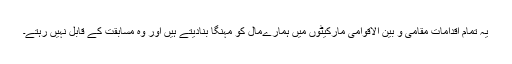
یہ تمام اقدامات مقامی و بین الاقوامی مارکیٹوں میں ہمارےمال کو مہنگا بنادیتے ہیں اور وہ مسابقت کے قابل نہیں رہتے۔